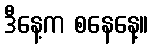
ဒီနေ့က စနေနေ့။